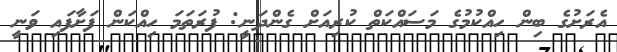
އެރަށުގެ ބިން ހިއްކުމުގެ މަސައްކަތް ކުރިއަށް ގެންދަނީ: ފުރަތަމަ ހިއްކަން ފަށާފައި ވަނީ